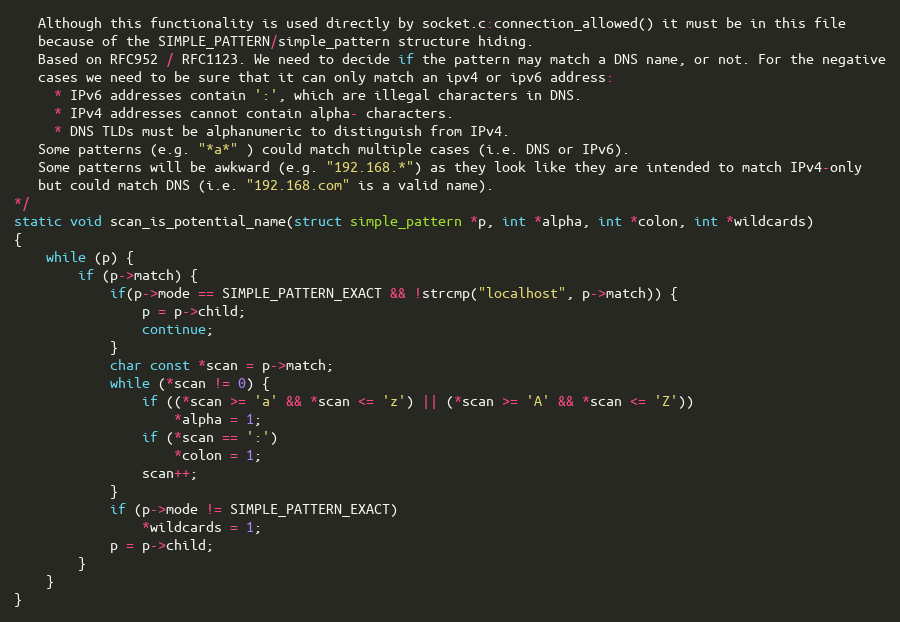
Language: C
   Although this functionality is used directly by socket.c:connection_allowed() it must be in this file
   because of the SIMPLE_PATTERN/simple_pattern structure hiding.
   Based on RFC952 / RFC1123. We need to decide if the pattern may match a DNS name, or not. For the negative
   cases we need to be sure that it can only match an ipv4 or ipv6 address:
     * IPv6 addresses contain ':', which are illegal characters in DNS.
     * IPv4 addresses cannot contain alpha- characters.
     * DNS TLDs must be alphanumeric to distinguish from IPv4.
   Some patterns (e.g. "*a*" ) could match multiple cases (i.e. DNS or IPv6).
   Some patterns will be awkward (e.g. "192.168.*") as they look like they are intended to match IPv4-only
   but could match DNS (i.e. "192.168.com" is a valid name).
*/
static void scan_is_potential_name(struct simple_pattern *p, int *alpha, int *colon, int *wildcards)
{
    while (p) {
        if (p->match) {
            if(p->mode == SIMPLE_PATTERN_EXACT && !strcmp("localhost", p->match)) {
                p = p->child;
                continue;
            }
            char const *scan = p->match;
            while (*scan != 0) {
                if ((*scan >= 'a' && *scan <= 'z') || (*scan >= 'A' && *scan <= 'Z'))
                    *alpha = 1;
                if (*scan == ':')
                    *colon = 1;
                scan++;
            }
            if (p->mode != SIMPLE_PATTERN_EXACT)
                *wildcards = 1;
            p = p->child;
        }
    }
}